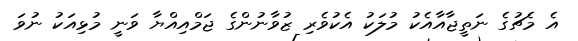
އެ މެޗުގެ ނަތީޖާއާއެކު މުލަކު އެކުވެރި ޒުވާނުންގެ ޖަމްއިއްޔާ ވަނީ މުޅިއަކު ނުވަ